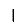
Digit: 1